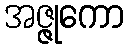
အဇ္ဇုကော